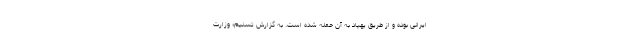
ايرانى بوده و از طريق پهپاد به آن حمله شده است. به گزارش تسنیم؛ وزارت